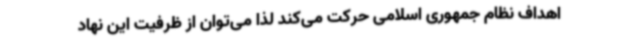
اهداف نظام جمهوری اسلامی حرکت می‌کند لذا می‌توان از ظرفیت این نهاد